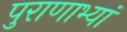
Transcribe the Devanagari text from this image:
पुराणाभ्यां